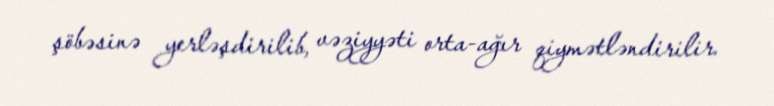
şöbəsinə yerləşdirilib, vəziyyəti orta-ağır qiymətləndirilir.